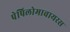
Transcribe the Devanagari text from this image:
पेपिलोमावायरस